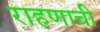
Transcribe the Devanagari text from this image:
राहणाची